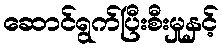
ဆောင်ရွက်ပြီးစီးမှုနှင့်